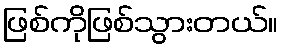
ဖြစ်ကိုဖြစ်သွားတယ်။